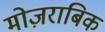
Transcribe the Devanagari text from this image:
मोज़राबिक